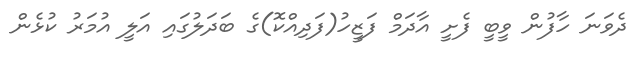
ދެވަނަ ހާފުން ވީބީ ފެށީ އާދަމް ފަޒީހު(ފަދިއްކޮ)ގެ ބަދަލުގައި އަލީ އުމަރު ކުޅެން